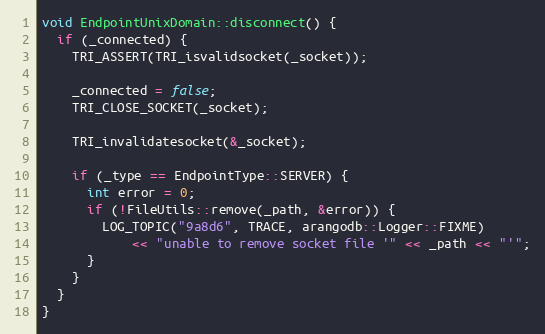
Language: C++
void EndpointUnixDomain::disconnect() {
  if (_connected) {
    TRI_ASSERT(TRI_isvalidsocket(_socket));

    _connected = false;
    TRI_CLOSE_SOCKET(_socket);

    TRI_invalidatesocket(&_socket);

    if (_type == EndpointType::SERVER) {
      int error = 0;
      if (!FileUtils::remove(_path, &error)) {
        LOG_TOPIC("9a8d6", TRACE, arangodb::Logger::FIXME)
            << "unable to remove socket file '" << _path << "'";
      }
    }
  }
}